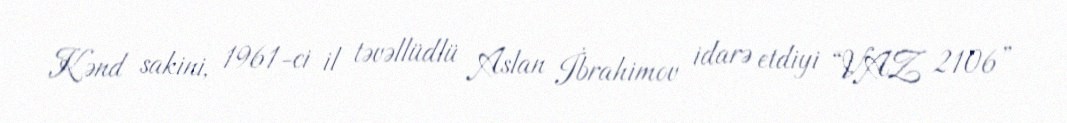
Kənd sakini, 1961-ci il təvəllüdlü Aslan İbrahimov idarə etdiyi “VAZ 2106”